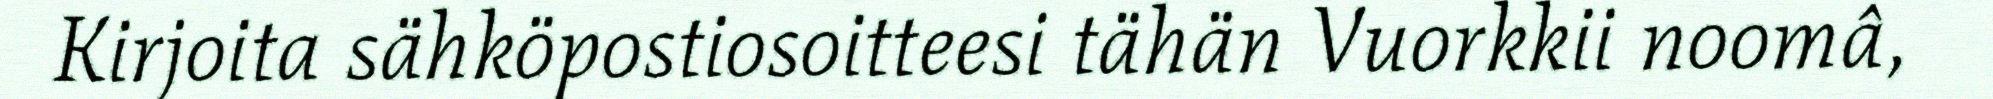
Kirjoita sähköpostiosoitteesi tähän Vuorkkii noomâ,